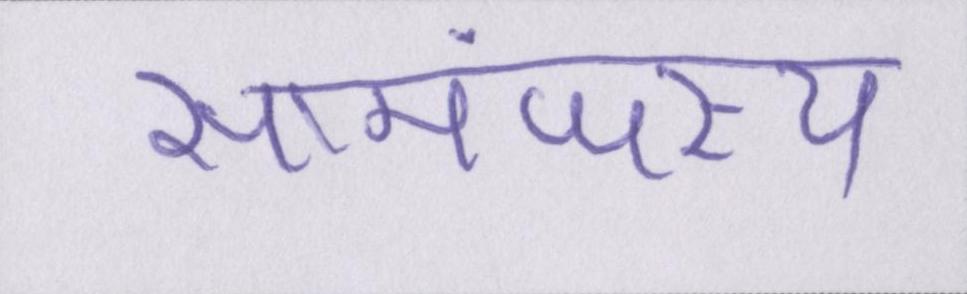
सामंजस्य